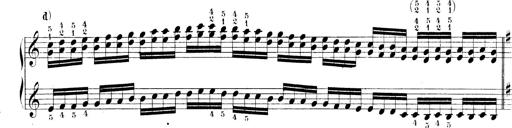
Title: Technische Studien
Composer: Franz Liszt